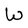
Character: W